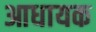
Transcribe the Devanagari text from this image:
आधायक